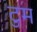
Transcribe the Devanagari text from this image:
टुम